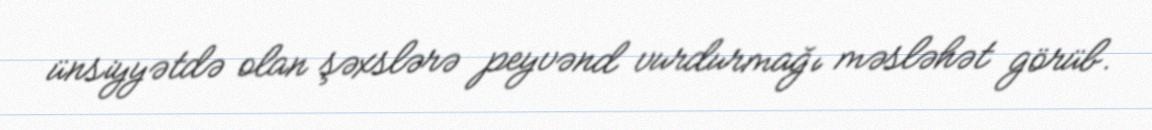
ünsiyyətdə olan şəxslərə peyvənd vurdurmağı məsləhət görüb.